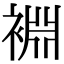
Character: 裫